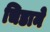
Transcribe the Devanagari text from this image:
चिडाने